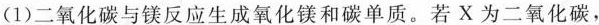
（1）二氧化碳与镁反应生成氧化镁和碳单质。若X为二氧化碳，